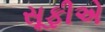
સૂફીએ